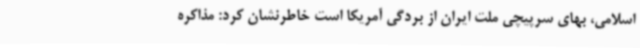
اسلامی، بهای سرپیچی ملت ایران از بردگی آمریکا است خاطرنشان کرد: مذاکره